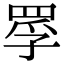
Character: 罦